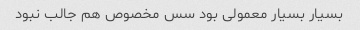
بسیار بسیار معمولی بود سس مخصوص هم جالب نبود